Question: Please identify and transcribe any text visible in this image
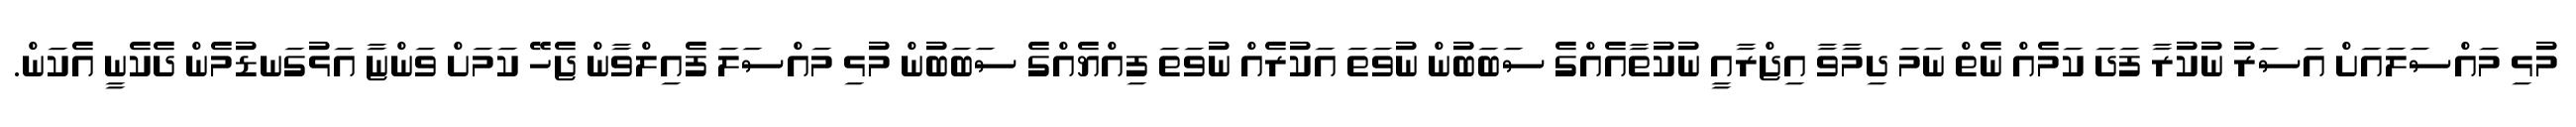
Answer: މުޅި މައްސަލައަށް އަސަރު ނުކުރާ ފަދަ ކަމެއް ނެތް ނަމަ ދިމާވާ އިޖްރާއީ ނުކުތާއެއްގެ ސަބަބުން ނުވަތަ އަކުރެއް ނުވަތަ ފިއްޔެއްގެ ސަބަބުން މުޅި މައްސަލަ ފެއިލްވާން ޖެހޭ ކަމަށް ވަންޏާ އަޅުގަނޑުމެން ދެކެނީ އެކަން.